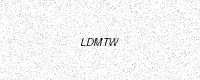
Text: LDMTW